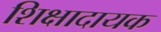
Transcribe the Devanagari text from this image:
शिक्षादायक